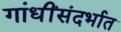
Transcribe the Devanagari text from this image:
गांधींसंदर्भात